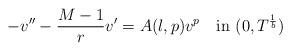
LaTeX: \begin{align*}-v''-\frac{M-1}rv'=A(\l,p)v^p\quad\hbox{in }(0,T^{\frac 1b})\end{align*}